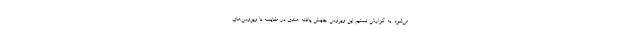
می‌شود. به گزارش تسنیم این ویروس جهش یافته هندی در مقایسه با ویروس‌های